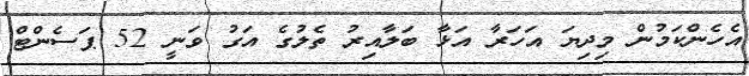
އެހެންކަމުން މިދިޔަ އަހަރާ އަޅާ ބަލާއިރު ތެލުގެ އަގު ވަނީ 52 ޕަސެންޓް